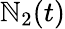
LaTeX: \mathbb{N}_{2}(t)